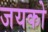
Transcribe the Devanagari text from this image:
जयको